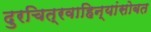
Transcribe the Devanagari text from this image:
दुरचित्रवाहिन्यांसोबत